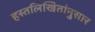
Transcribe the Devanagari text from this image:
हस्तलिखितांनुसार